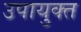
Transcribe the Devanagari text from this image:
उपायुक्‍त